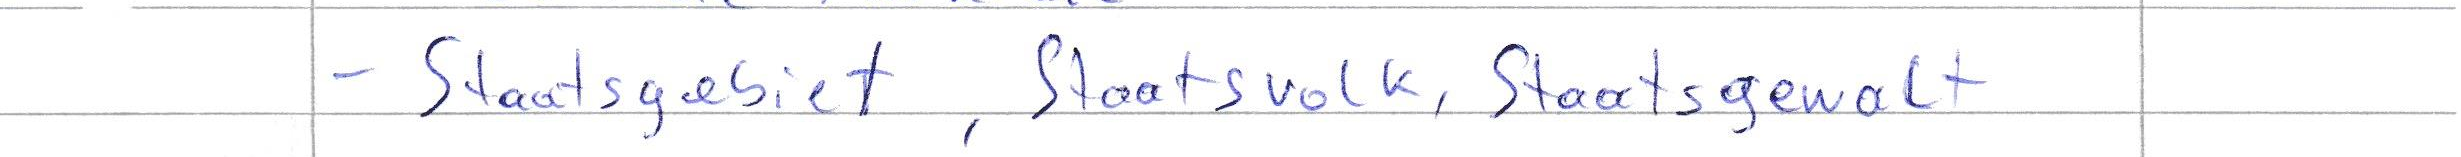
- Staatsgebiet, Staatsvolk, Staatsgewalt